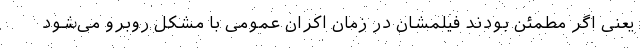
یعنی اگر مطمئن بودند فیلمشان در زمان اکران عمومی با مشکل روبرو می‌شود